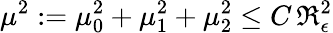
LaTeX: \mu^{2}:=\mu_{0}^{2}+\mu_{1}^{2}+\mu_{2}^{2}\le C\, \mathfrak{R}_{\epsilon}^{2}